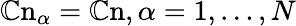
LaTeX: \mathbb{C}\mathrm{n}_{\alpha}=\mathbb{C}\mathrm{n},\alpha=1,\dots,N